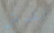
القماش